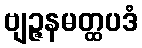
ဗျဉ္ဇနမတ္ထပဒံ